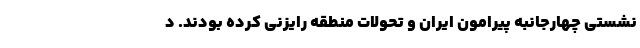
نشستی چهارجانبه پیرامون ایران و تحولات منطقه رایزنی کرده بودند. د